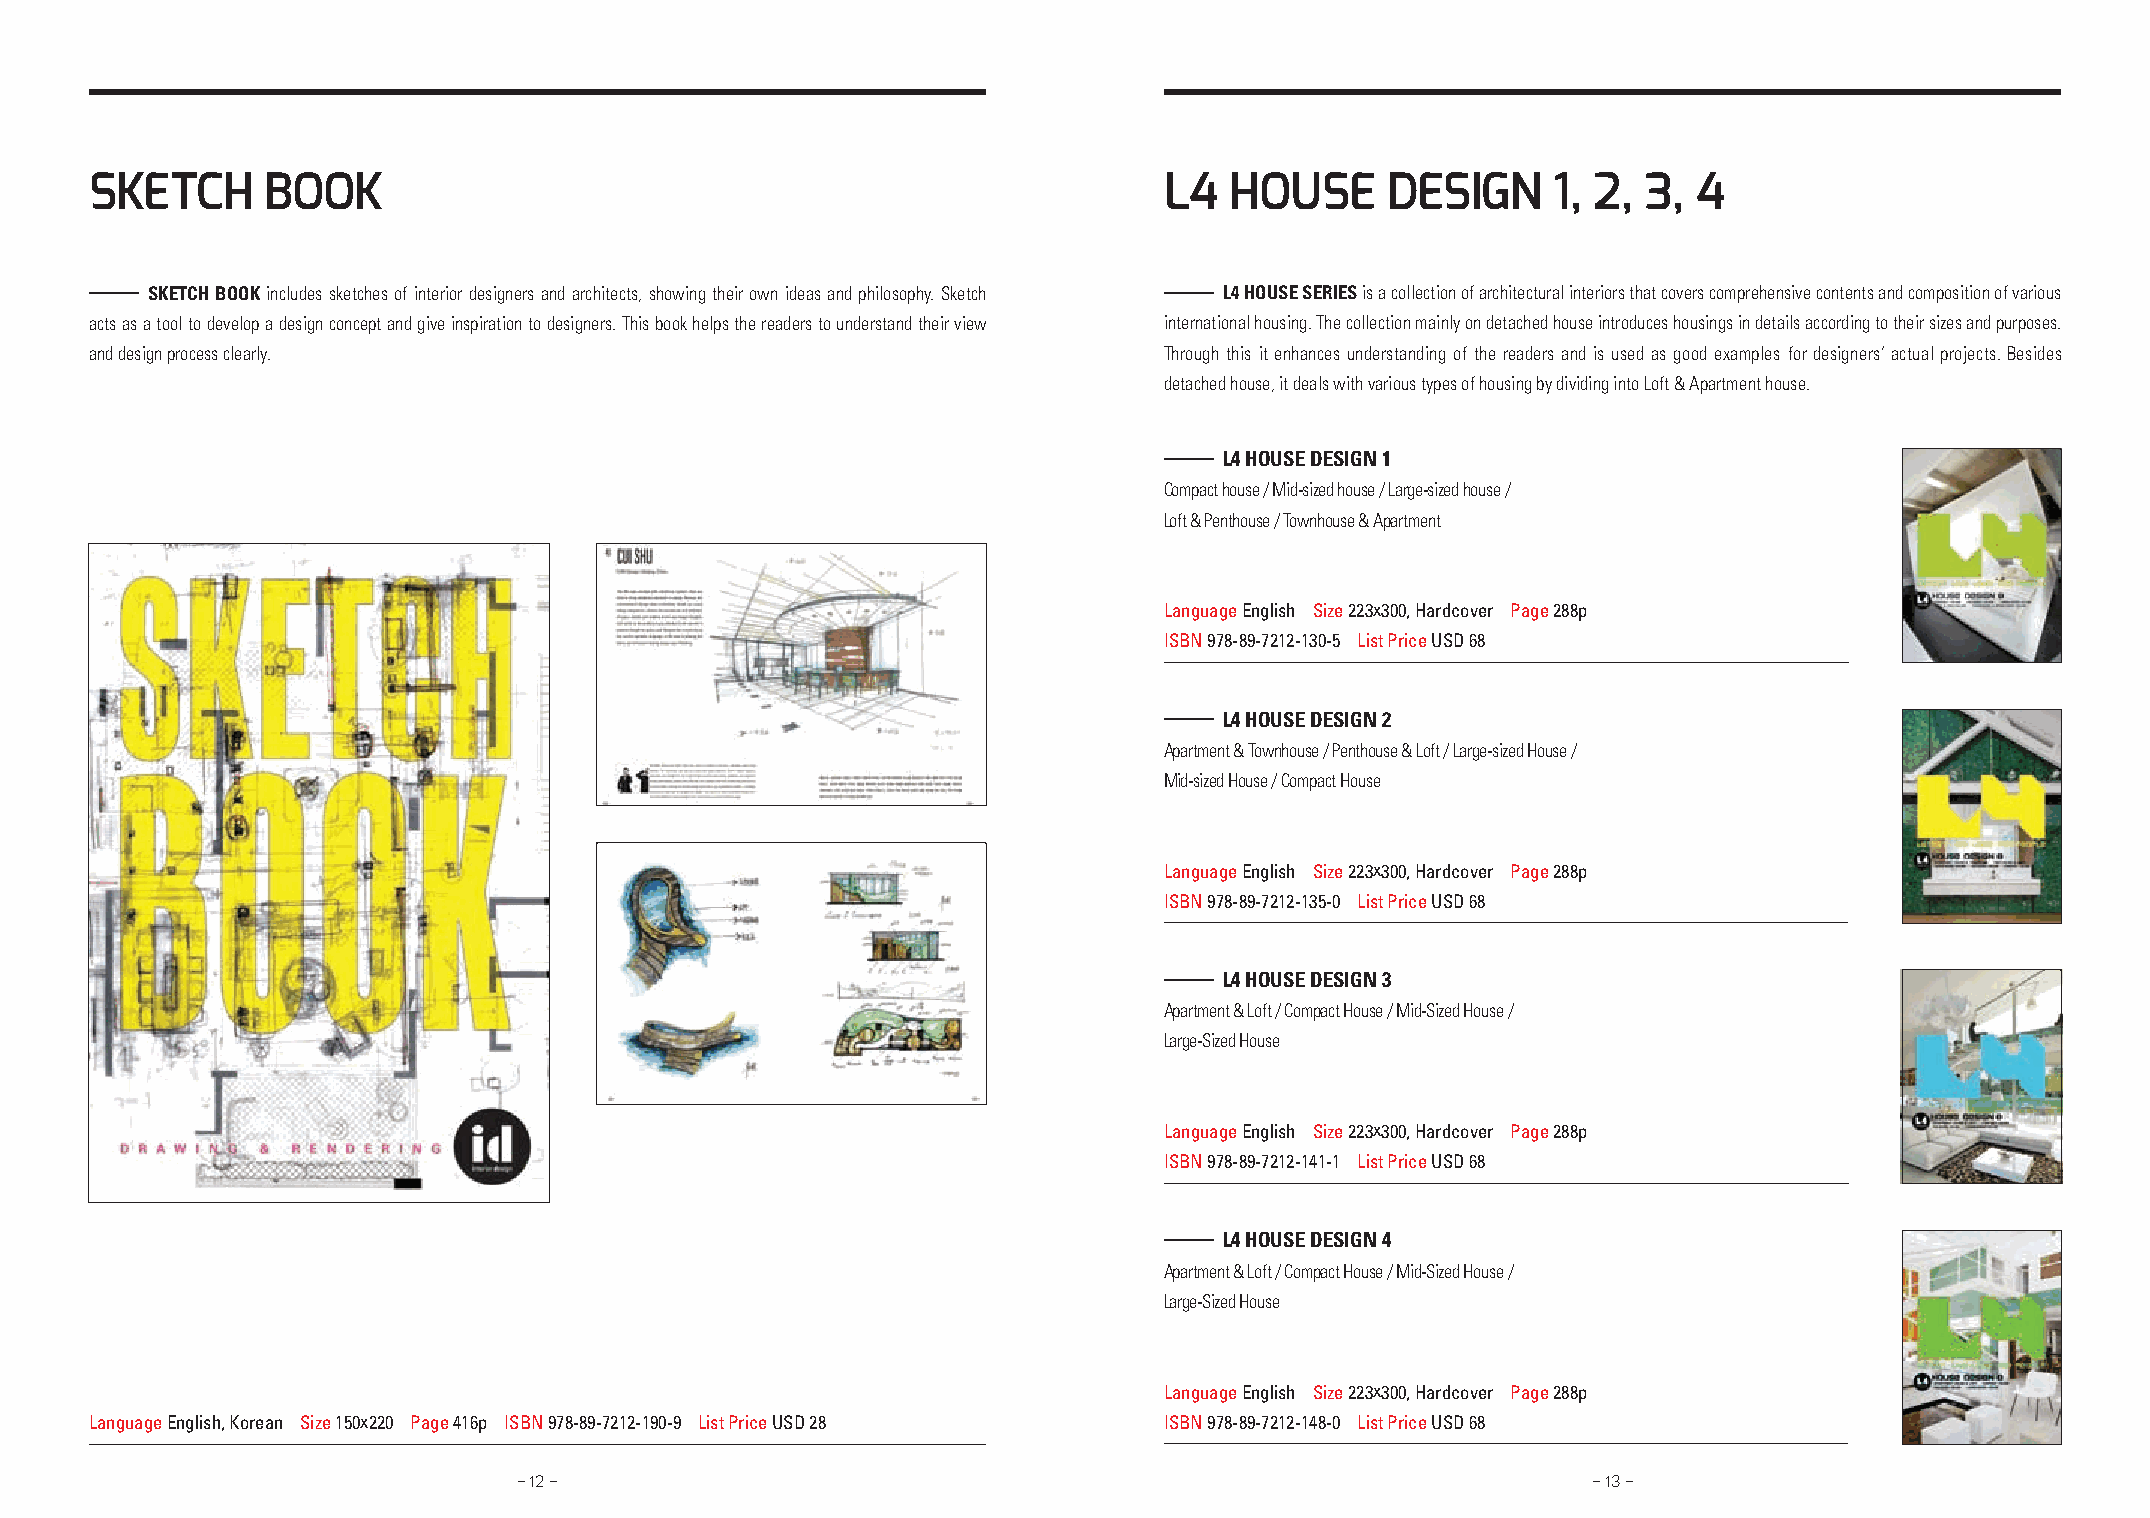
SKetCh      BooK                                                       l4  houSe      deSign     1, 2, 3, 4
 SKETCH BOOK includes sketches of interior designers and architects, showing their own ideas and philosophy. Sketch L4 HOUSE SERIES is a collection of architectural interiors that covers comprehensive contents and composition of various
 acts as a tool to develop a design concept and give inspiration to designers. This book helps the readers to understand their view international housing. The collection mainly on detached house introduces housings in details according to their sizes and purposes.
 and design process clearly.                                            Through this it enhances understanding of the readers and is used as good examples for designers’ actual projects. Besides
 detached house, it deals with various types of housing by dividing into Loft & Apartment house.
 L4 HOUSE DESIGN 1
 Compact house / Mid-sized house / Large-sized house /
 Loft & Penthouse / Townhouse & Apartment
 Language English Size 223x300, Hardcover Page 288p
 ISBN 978-89-7212-130-5 List Price USD 68
 L4 HOUSE DESIGN 2
 Apartment & Townhouse / Penthouse & Loft / Large-sized House /
 Mid-sized House / Compact House
 Language English Size 223x300, Hardcover Page 288p
 ISBN 978-89-7212-135-0 List Price USD 68
 L4 HOUSE DESIGN 3
 Apartment & Loft / Compact House / Mid-Sized House /
 Large-Sized House
 Language English Size 223x300, Hardcover Page 288p
 ISBN 978-89-7212-141-1 List Price USD 68
 L4 HOUSE DESIGN 4
 Apartment & Loft / Compact House / Mid-Sized House /
 Large-Sized House
 Language English Size 223x300, Hardcover Page 288p
 Language English, Korean Size 150x220 Page 416p ISBN 978-89-7212-190-9 List Price USD 28 ISBN 978-89-7212-148-0 List Price USD 68
 - 12 -                                                                 - 13 -